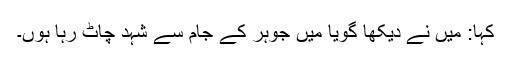
کہا: میں نے دیکھا گویا میں جوہر کے جام سے شہد چاٹ رہا ہوں۔